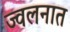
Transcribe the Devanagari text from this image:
ज्वलनात